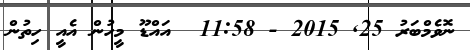
ނޮވެމްބަރު 25